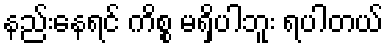
နည်းနေရင် ကိစ္စ မရှိပါဘူး ရပါတယ်